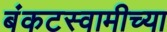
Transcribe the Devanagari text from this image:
बंकटस्वामीच्या